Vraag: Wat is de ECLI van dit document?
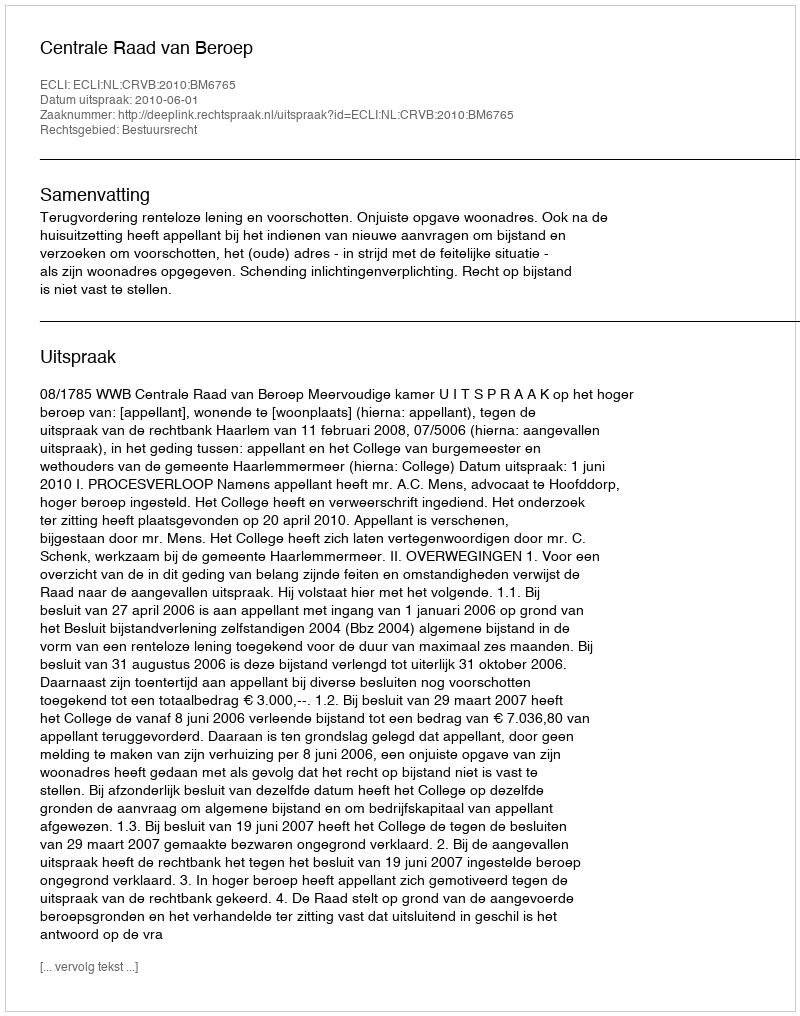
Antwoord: ECLI:NL:CRVB:2010:BM6765